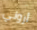
أروني